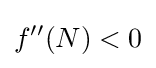
f''(N)<0